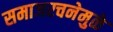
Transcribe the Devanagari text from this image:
समाजरचनेमुळे